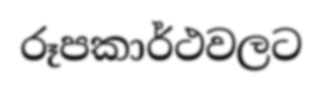
රූපකාර්ථවලට